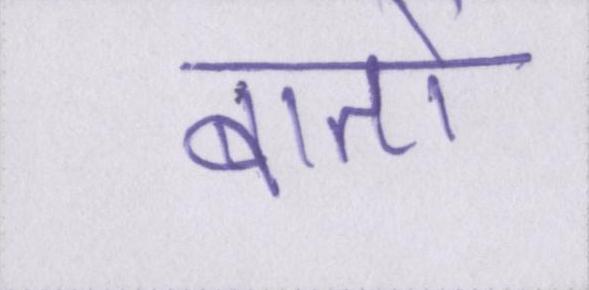
बातों